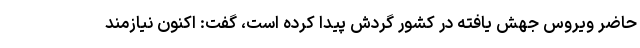
حاضر ویروس جهش یافته در کشور گردش پیدا کرده است، گفت: اکنون نیازمند